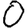
Digit: 0